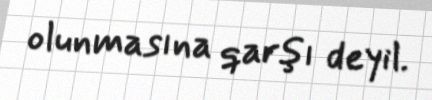
olunmasına qarşı deyil.